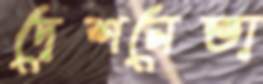
দেশনেতা